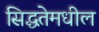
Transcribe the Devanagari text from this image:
सिद्धतेमधील